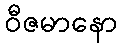
ဝီဇမာနော